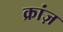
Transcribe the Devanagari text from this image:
क्रांज़